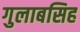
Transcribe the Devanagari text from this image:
गुलाबसिह